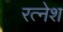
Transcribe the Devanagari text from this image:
रत्नेश